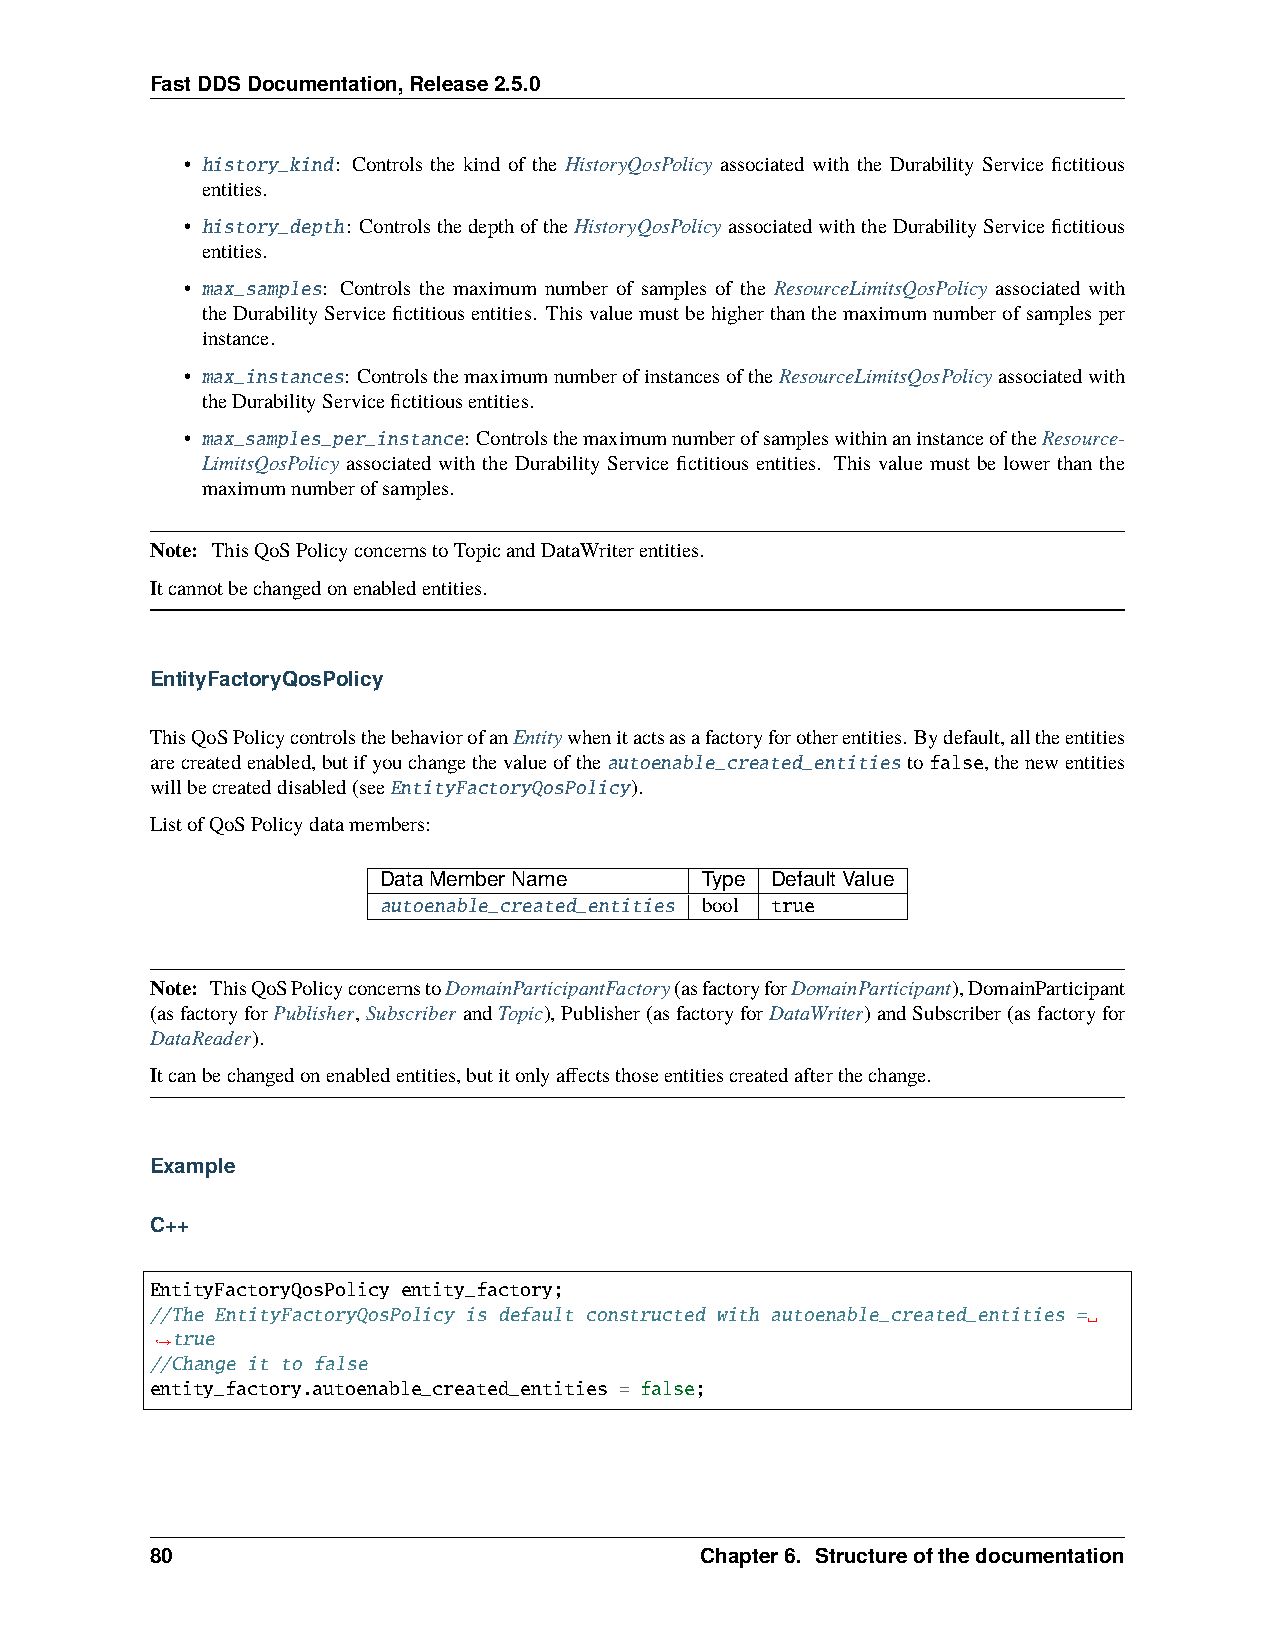
FastDDSDocumentation,Release2.5.0
 • history_kind: Controls the kind of the HistoryQosPolicy associated with the Durability Service fictitious
 entities.
 • history_depth: ControlsthedepthoftheHistoryQosPolicyassociatedwiththeDurabilityServicefictitious
 entities.
 • max_samples: Controls the maximum number of samples of the ResourceLimitsQosPolicy associated with
 theDurabilityServicefictitiousentities. Thisvaluemustbehigherthanthemaximumnumberofsamplesper
 instance.
 • max_instances: ControlsthemaximumnumberofinstancesoftheResourceLimitsQosPolicyassociatedwith
 theDurabilityServicefictitiousentities.
 • max_samples_per_instance: ControlsthemaximumnumberofsampleswithinaninstanceoftheResource-
 LimitsQosPolicy associated with the Durability Service fictitious entities. This value must be lower than the
 maximumnumberofsamples.
 Note: ThisQoSPolicyconcernstoTopicandDataWriterentities.
 Itcannotbechangedonenabledentities.
 EntityFactoryQosPolicy
 ThisQoSPolicycontrolsthebehaviorofanEntitywhenitactsasafactoryforotherentities. Bydefault,alltheentities
 arecreatedenabled,butifyouchangethevalueoftheautoenable_created_entitiestofalse,thenewentities
 willbecreateddisabled(seeEntityFactoryQosPolicy).
 ListofQoSPolicydatamembers:
 DataMemberName       Type DefaultValue
 autoenable_created_entities bool true
 Note: ThisQoSPolicyconcernstoDomainParticipantFactory(asfactoryforDomainParticipant),DomainParticipant
 (asfactoryforPublisher,Subscriber andTopic),Publisher(asfactoryforDataWriter)andSubscriber(asfactoryfor
 DataReader).
 Itcanbechangedonenabledentities,butitonlyaffectsthoseentitiescreatedafterthechange.
 Example
 C++
 EntityFactoryQosPolicy entity_factory;
 //The EntityFactoryQosPolicy is default constructed with autoenable_created_entities =␣
 true
 ˓→
 //Change it to false
 entity_factory.autoenable_created_entities = false;
 80                                  Chapter6. Structureofthedocumentation